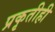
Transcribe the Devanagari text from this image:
प्रकृतीही